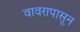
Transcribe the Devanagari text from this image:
वावरापासून